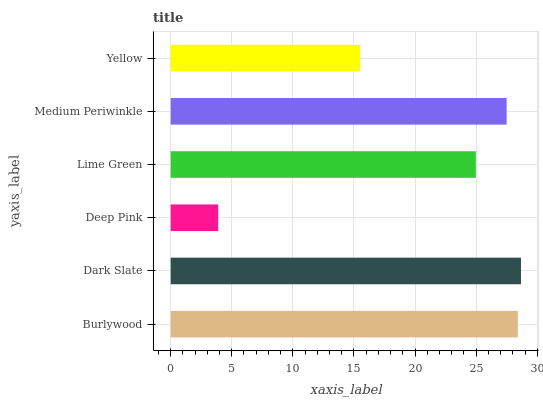
| yaxis_label | bars |
 | --- | --- |
 | Burlywood | 28.4 |
 | Dark Slate | 28.7 |
 | Deep Pink | 3.89 |
 | Lime Green | 25 |
 | Medium Periwinkle | 27.5 |
 | Yellow | 15.5 |